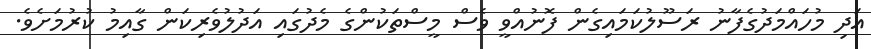
އަދި މުހައްމަދުގެފާނު ރަސޫލުކަމައިގެން ފޮނުއްވީ ވެސް މީސްތަކުންގެ މެދުގައި އަދުލުވެރިކަން ގާއިމު ކުރުމަށެވެ.